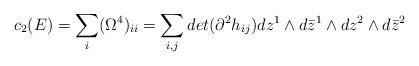
LaTeX: \begin{align*}c_2(E)=\sum_i (\Omega^{4})_{ii}=\sum_{i,j} det(\partial^{2}h_{ij}) dz^{1} \wedge d\bar{z}^{1} \wedge dz^{2} \wedge d\bar{z}^{2}\end{align*}